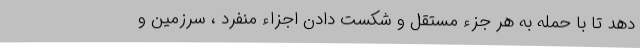
دهد تا با حمله به هر جزء مستقل و شکست دادن اجزاء منفرد ، سرزمین و